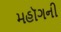
મહૉગની